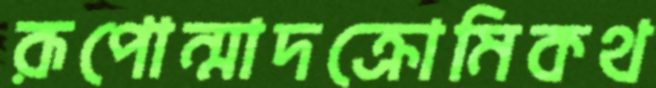
রূপোন্মাদক্রোমিকথ